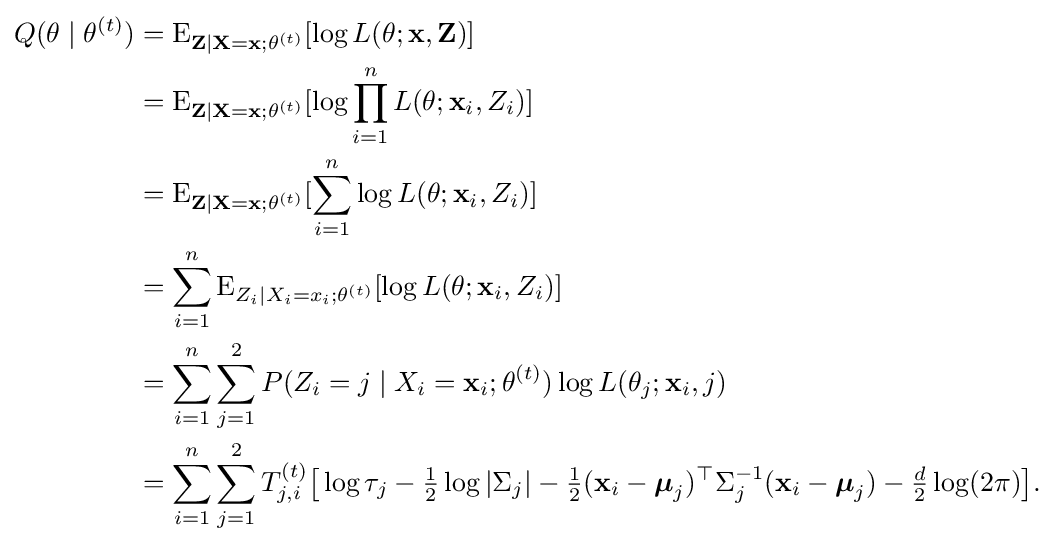
{\begin{aligned}Q(\theta \mid \theta ^{(t)})&=\operatorname {E} _{\mathbf {Z} \mid \mathbf {X} =\mathbf {x} ;\mathbf {\theta } ^{(t)}}[\log L(\theta ;\mathbf {x} ,\mathbf {Z} )]\\&=\operatorname {E} _{\mathbf {Z} \mid \mathbf {X} =\mathbf {x} ;\mathbf {\theta } ^{(t)}}[\log \prod _{i=1}^{n}L(\theta ;\mathbf {x} _{i},Z_{i})]\\&=\operatorname {E} _{\mathbf {Z} \mid \mathbf {X} =\mathbf {x} ;\mathbf {\theta } ^{(t)}}[\sum _{i=1}^{n}\log L(\theta ;\mathbf {x} _{i},Z_{i})]\\&=\sum _{i=1}^{n}\operatorname {E} _{Z_{i}\mid X_{i}=x_{i};\mathbf {\theta } ^{(t)}}[\log L(\theta ;\mathbf {x} _{i},Z_{i})]\\&=\sum _{i=1}^{n}\sum _{j=1}^{2}P(Z_{i}=j\mid X_{i}=\mathbf {x} _{i};\theta ^{(t)})\log L(\theta _{j};\mathbf {x} _{i},j)\\&=\sum _{i=1}^{n}\sum _{j=1}^{2}T_{j,i}^{(t)}{\big [}\log \tau _{j}-{\tfrac {1}{2}}\log |\Sigma _{j}|-{\tfrac {1}{2}}(\mathbf {x} _{i}-{\boldsymbol {\mu }}_{j})^{\top }\Sigma _{j}^{-1}(\mathbf {x} _{i}-{\boldsymbol {\mu }}_{j})-{\tfrac {d}{2}}\log(2\pi ){\big ]}.\end{aligned}}